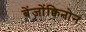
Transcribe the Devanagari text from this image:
बेंजोंक्विनोन